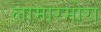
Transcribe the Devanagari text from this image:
लामारमोरा